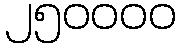
၂၅၀၀၀၀